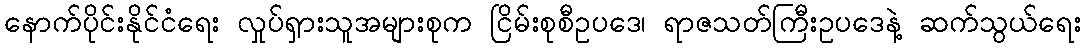
နောက်ပိုင်းနိုင်ငံရေး လှုပ်ရှားသူအများစုက ငြိမ်းစုစီဥပဒေ၊ ရာဇသတ်ကြီးဥပဒေနဲ့ ဆက်သွယ်ရေး